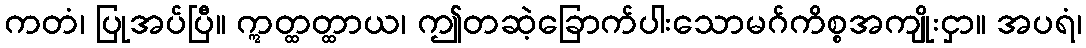
ကတံ၊ ပြုအပ်ပြီ။ ဣတ္ထတ္ထာယ၊ ဤတဆဲ့ခြောက်ပါးသောမဂ်ကိစ္စအကျိုးငှာ။ အပရံ၊